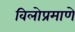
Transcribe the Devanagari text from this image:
विलोप्रमाणे